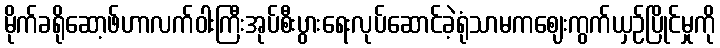
မိုက်ခရိုဆော့ဖ်ဟာလက်ဝါးကြီးအုပ်စီးပွားရေးလုပ်ဆောင်ခဲ့ရုံသာမကဈေးကွက်ယှဉ်ပြိုင်မှုကို